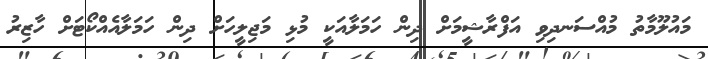
މައުލޫމާތު މުއްސަނދިވި އަފްރާޝީމަށް ދިން ހަމަލާއަކީ މުޅި މަޖިލީހަށް ދިން ހަމަލާއެއްކޯޓަށް ހާޒިރު